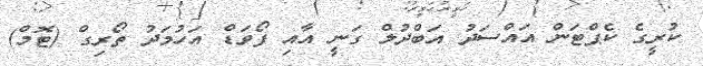
ކުރީގެ ކެޕްޓަން އައްސަދު އަބްދުލް ގަނީ އާއި ފޯވަޑް އަހުމަދު ތޯރިގް (ޓޮމް)